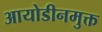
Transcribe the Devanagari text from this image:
आयोडीनमुक्त